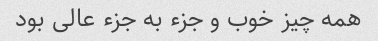
همه چیز خوب و جزء به جزء عالی بود